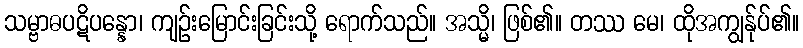
သမ္ဗာဓပဋိပန္နော၊ ကျဉ်းမြောင်းခြင်းသို့ ရောက်သည်။ အသ္မိ၊ ဖြစ်၏။ တဿ မေ၊ ထိုအကျွန်ုပ်၏။